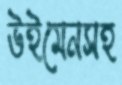
উইমেনসহ